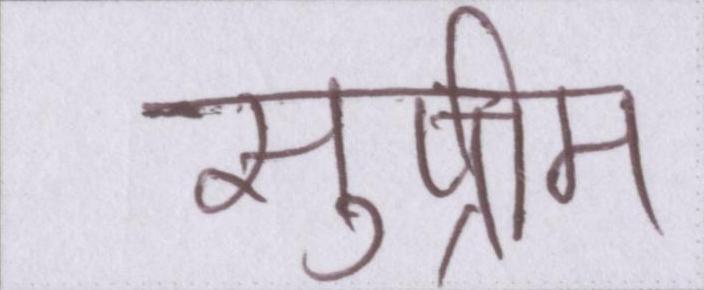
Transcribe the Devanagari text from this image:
सुप्रीम